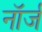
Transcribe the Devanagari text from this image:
नॉर्ज